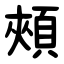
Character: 頰